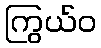
ကြွယ်ဝ